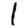
Digit: 1